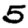
Digit: 5